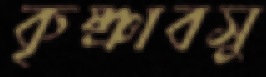
কৃষ্ণাবসু